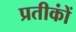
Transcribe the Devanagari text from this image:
प्रतीकोंं